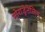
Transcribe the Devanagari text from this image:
नोराड्रेनेलिन